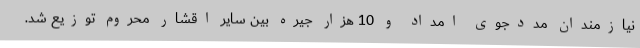
نیازمندان مددجوی امداد و 10 هزار جیره بین سایر اقشار محروم توزیع شد.